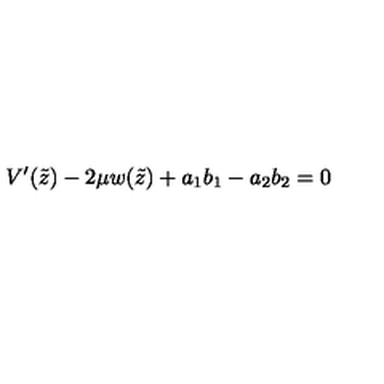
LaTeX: V ^ { \prime } ( \tilde { z } ) - 2 \mu w ( \tilde { z } ) + a _ { 1 } b _ { 1 } - a _ { 2 } b _ { 2 } = 0